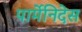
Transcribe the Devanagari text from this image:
पार्मेनिदेस